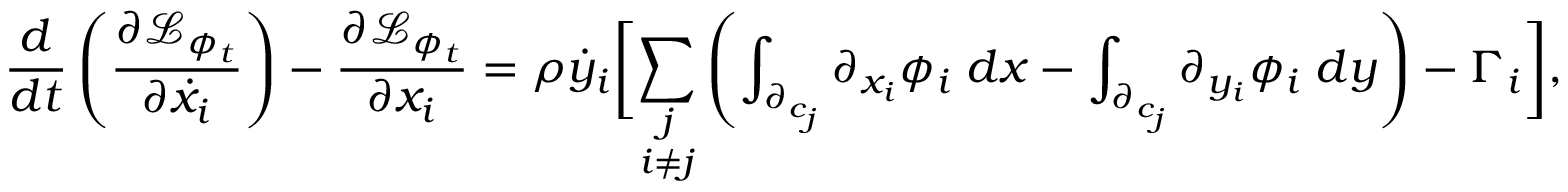
\frac { d } { d t } \left( \frac { \partial \mathcal { L } _ { \phi _ { t } } } { \partial \dot { x } _ { i } } \right) - \frac { \partial \mathcal { L } _ { \phi _ { t } } } { \partial x _ { i } } = \rho \dot { y } _ { i } \biggr [ \underset { i \neq j } { \sum _ { j } } \left( \int _ { \partial _ { c _ { j } } } \partial _ { x _ { i } } \phi _ { i } \; d x - \int _ { \partial _ { c _ { j } } } \partial _ { y _ { i } } \phi _ { i } \; d y \right) - \Gamma _ { i } \biggr ] ,